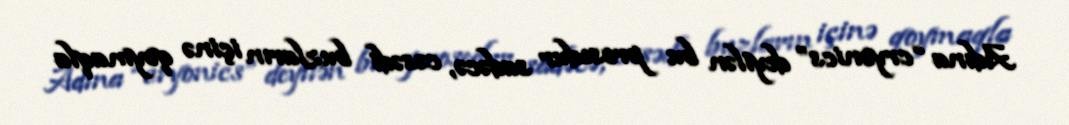
Adına “cryonics” deyilən bu prosedur sadəcə, cəsədi buzların içinə qoymaqla